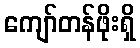
ကျော်တန်ဖိုးရှိ